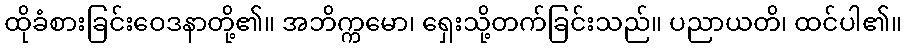
ထိုခံစားခြင်းဝေဒနာတို့၏။ အဘိက္ကမော၊ ရှေးသို့တက်ခြင်းသည်။ ပညာယတိ၊ ထင်ပါ၏။